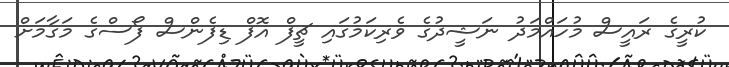
ކުރީގެ ރައީސް މުހައްމަދު ނަޝީދުގެ ވެރިކަމުގައި ޗީފް އޮފް ޑިފެންސް ފޯސްގެ މަގާމަށް